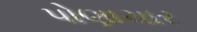
પોણાચાર